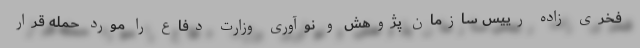
فخری زاده رییس سازمان پژوهش و نوآوری وزارت دفاع را مورد حمله قرار